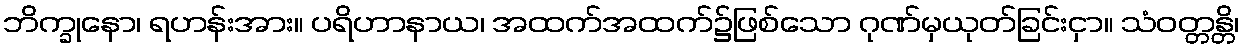
ဘိက္ခုနော၊ ရဟန်းအား။ ပရိဟာနာယ၊ အထက်အထက်၌ဖြစ်သော ဂုဏ်မှယုတ်ခြင်းငှာ။ သံဝတ္တန္တိ၊